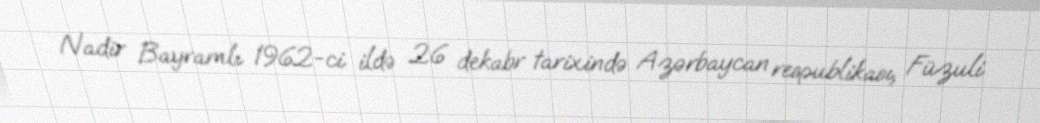
Nadir Bayramlı 1962-ci ildə 26 dekabr tarixində Azərbaycan respublikası, Füzuli